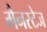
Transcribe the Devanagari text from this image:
मैनस्टेज